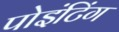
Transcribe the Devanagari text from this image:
पोइंटिंग